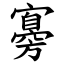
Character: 㝰